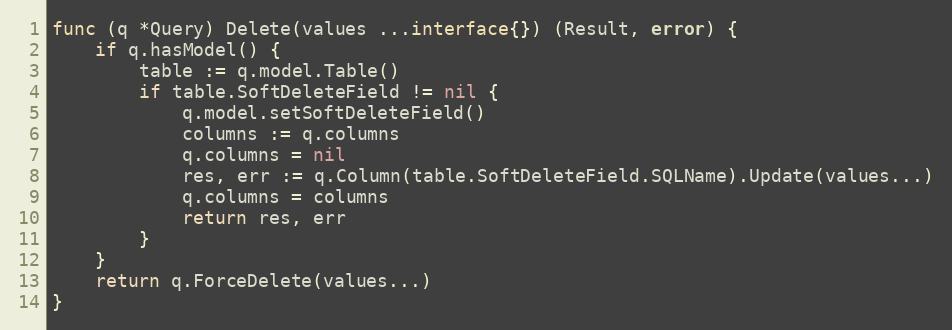
Language: Go
func (q *Query) Delete(values ...interface{}) (Result, error) {
	if q.hasModel() {
		table := q.model.Table()
		if table.SoftDeleteField != nil {
			q.model.setSoftDeleteField()
			columns := q.columns
			q.columns = nil
			res, err := q.Column(table.SoftDeleteField.SQLName).Update(values...)
			q.columns = columns
			return res, err
		}
	}
	return q.ForceDelete(values...)
}